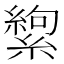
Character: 𬗸